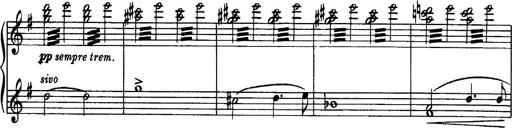
Title: OuvertÃ¼re zu TannhÃ¤user
Composer: Franz Liszt